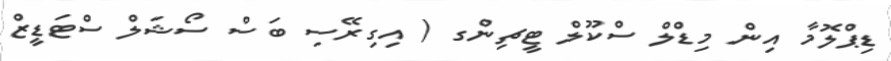
ޑިޕްލޮމާ އިން މިޑްލް ސްކޫލް ޓީޗިންގ ( އިގިރޭސި ބަސް ސޯޝަލް ސްޓަޑީޒް